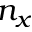
n _ { x }